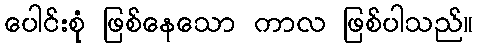
ပေါင်းစုံ ဖြစ်နေသော ကာလ ဖြစ်ပါသည်။